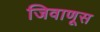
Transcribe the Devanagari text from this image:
जिवाणूस